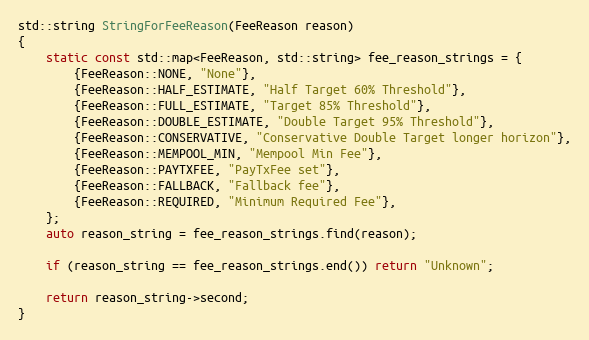
Language: C++
std::string StringForFeeReason(FeeReason reason)
{
    static const std::map<FeeReason, std::string> fee_reason_strings = {
        {FeeReason::NONE, "None"},
        {FeeReason::HALF_ESTIMATE, "Half Target 60% Threshold"},
        {FeeReason::FULL_ESTIMATE, "Target 85% Threshold"},
        {FeeReason::DOUBLE_ESTIMATE, "Double Target 95% Threshold"},
        {FeeReason::CONSERVATIVE, "Conservative Double Target longer horizon"},
        {FeeReason::MEMPOOL_MIN, "Mempool Min Fee"},
        {FeeReason::PAYTXFEE, "PayTxFee set"},
        {FeeReason::FALLBACK, "Fallback fee"},
        {FeeReason::REQUIRED, "Minimum Required Fee"},
    };
    auto reason_string = fee_reason_strings.find(reason);

    if (reason_string == fee_reason_strings.end()) return "Unknown";

    return reason_string->second;
}